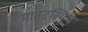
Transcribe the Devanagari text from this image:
माउटस्मिथ